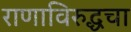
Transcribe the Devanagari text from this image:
राणाविरुद्धचा